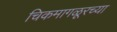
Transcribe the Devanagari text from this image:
चिकमागळूरच्या